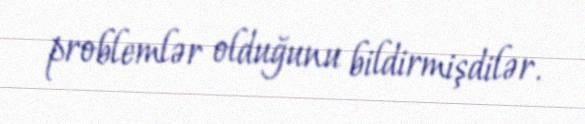
problemlər olduğunu bildirmişdilər.